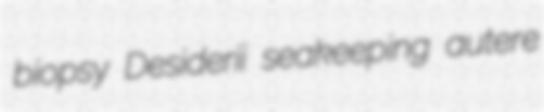
biopsy Desiderii seakeeping autere